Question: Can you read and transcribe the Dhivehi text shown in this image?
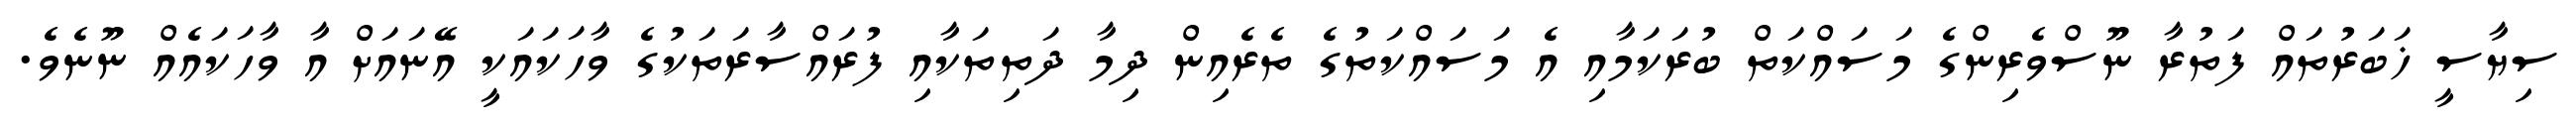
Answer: ސިޔާސީ ޚަބަރުތައް ފަތުރާ ނޫސްވެރިންގެ މަސައްކަތް ބުރަކަމާއި އެ މަސައްކަތުގެ ތެރެއިން ދިމާ ދަތިތަކާއި ފުރައްސާރަތަކުގެ ވާހަކައަކީ އޭނައަށް އާ ވާހަކައެއް ނޫނެވެ.